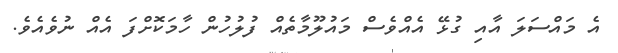
އެ މައްސަލަ އާއި ގުޅޭ އެއްވެސް މައުލޫމާތެއް ފުލުހުން ހާމަކޮށްފަ އެއް ނުވެއެވެ.